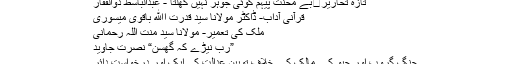
تازہ تحاریر	بے محنتِ پیہم کوئی جوہر نہیں کھِلتا - عبدالباسط ذوالفقار
قرآنى آداب- ڈاکٹر مولانا سید قدرت اﷲ باقوی میسوری
ملک کی تعمیر- مولانا سید منت اللہ رحمانی
”رب نیڑے کہ گھسُن“ نصرت جاوید
جنگ گروپ اور جیو کے مالک کے خلاف توہین عدالت کی ایک اور درخواست دائر